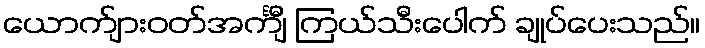
ယောက်ျားဝတ်အင်္ကျီ ကြယ်သီးပေါက် ချုပ်ပေးသည်။